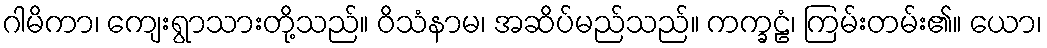
ဂါမိကာ၊ ကျေးရွာသားတို့သည်။ ဝိသံနာမ၊ အဆိပ်မည်သည်။ ကက္ခဠံ၊ ကြမ်းတမ်း၏။ ယော၊